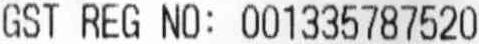
GST REG NO: 001335787520